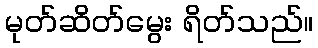
မုတ်ဆိတ်မွေး ရိတ်သည်။